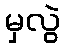
မှလွဲ